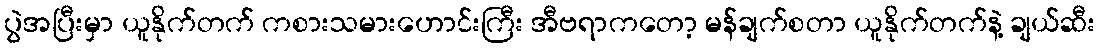
ပွဲအပြီးမှာ ယူနိုက်တက် ကစားသမားဟောင်းကြီး အီဗရာကတော့ မန်ချက်စတာ ယူနိုက်တက်နဲ့ ချယ်ဆီး